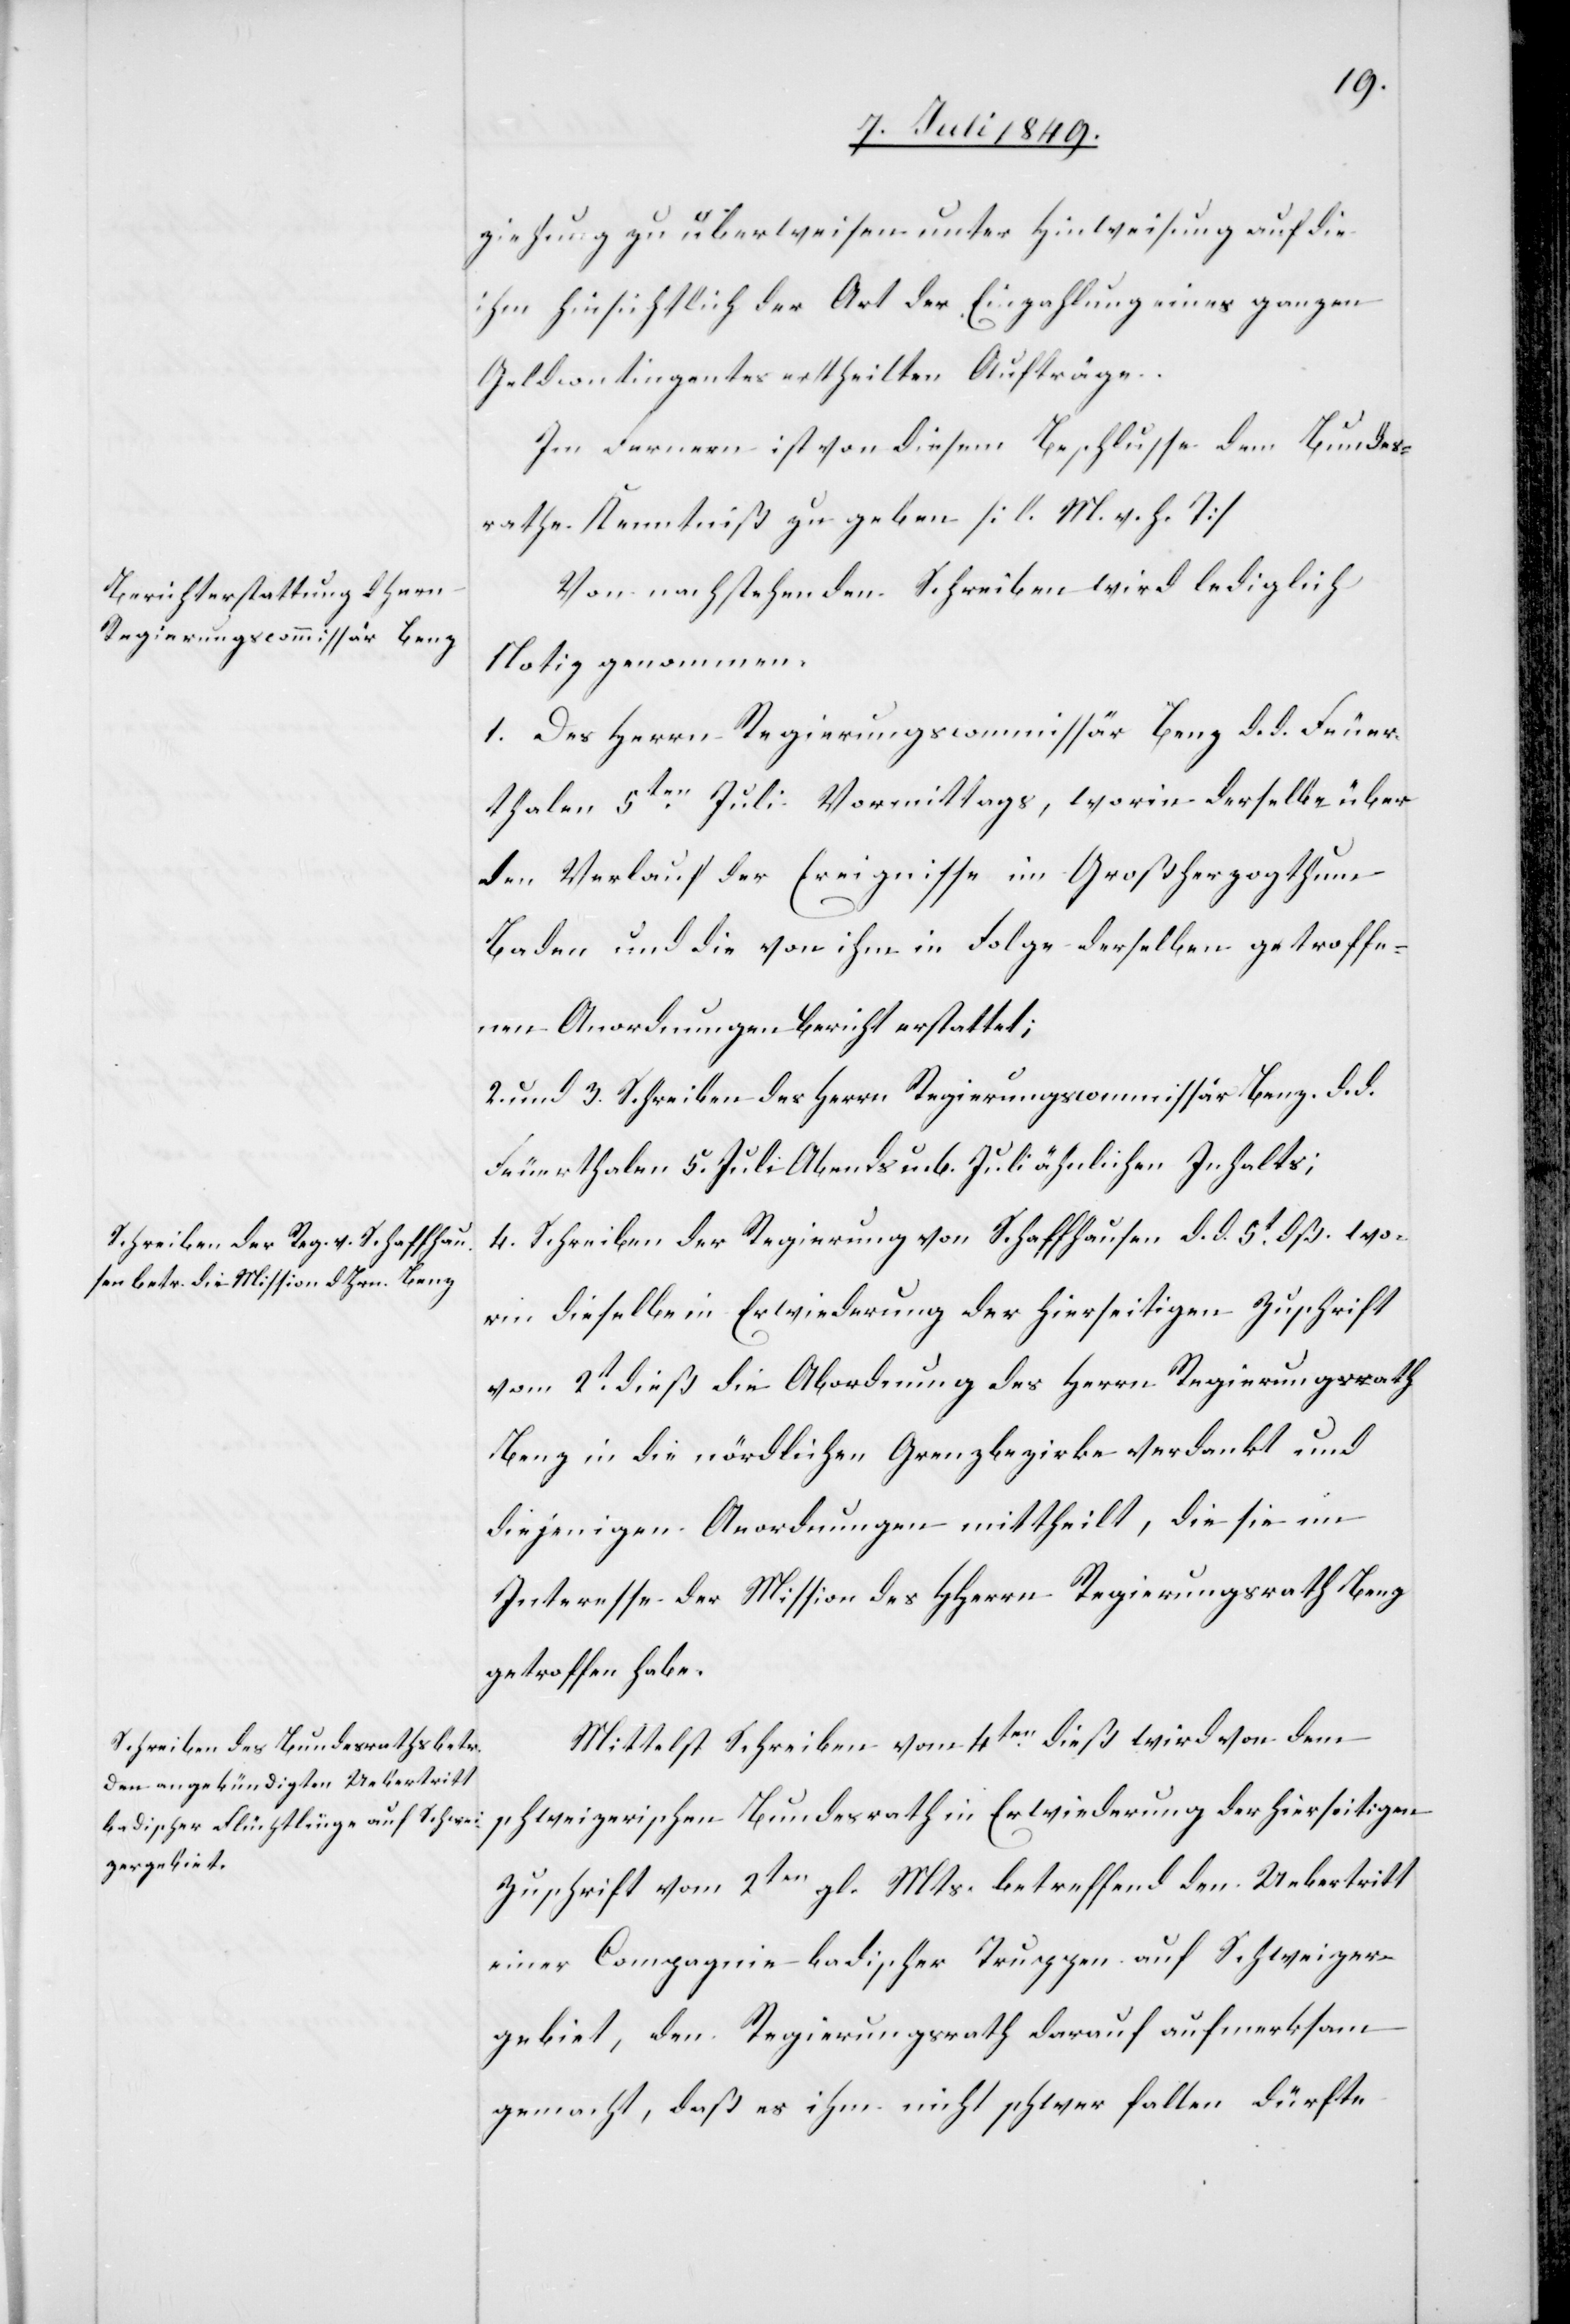
ziehung zu überweisen unter Hinweisung auf die
ihm hinsichtlich der Art der Einzahlung eines ganzen
Geldcontingentes ertheilten Aufträge.
Im Fernern ist von diesem Beschlusse dem Bundes¬
rathe Kenntniß zu geben [l. M. h. T][.]
Von nachstehenden Schreiben wird lediglich
Notiz genommen.
1. Des Herrn Regierungscommissär Benz d. d. Feuer¬
thalen 5ten Juli Vormittags, worin derselbe über
den Verlauf der Ereignisse im Großherzogthum
Baden und die von ihm in Folge derselben getroffe¬
nen Anordnungen Bericht erstattet;
2. und 3. Schreiben des Herrn Regierungscommissär Benz d. d.
Feuerthalen 5. Juli Abends u. 6. Juli ähnlichen Inhalts;
4. Schreiben der Regierung von Schaffhausen d. d. 5t dß. wo¬
rin dieselbe in Erwiederung der hierseitigen Zuschrift
vom 2t dieß die Abordnung des Herrn Regierungsrath
Benz in die nördlichen Grenzbezirke verdankt und
diejenigen Anordnungen mittheilt, die sie im
Interesse der Mission des HHerrn Regierungsrath Benz
getroffen habe.
Mittelst Schreiben vom 4ten dieß wird von dem
schweizerischen Bundesrath in Erwiederung der hierseitigen
Zuschrift vom 2ten gl. Mts. betreffend den Uebertritt
einer Compagnie badischer Truppen auf Schweizer¬
gebiet, der Regierungsrath darauf aufmerksam
gemacht, daß es ihm nicht schwer fallen dürfte